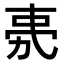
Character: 𭄧